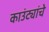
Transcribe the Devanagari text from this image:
काउंट्यांचे